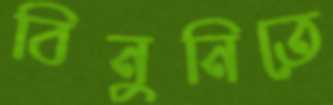
বিনুনিতে